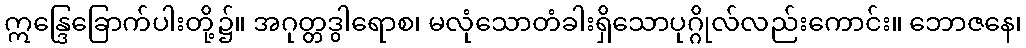
ဣန္ဒြေခြောက်ပါးတို့၌။ အဂုတ္တဒွါရောစ၊ မလုံသောတံခါးရှိသောပုဂ္ဂိုလ်လည်းကောင်း။ ဘောဇနေ၊